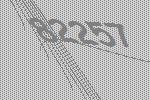
82257